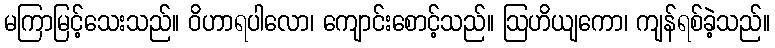
မကြာမြင့်သေးသည်။ ဝိဟာရပါလော၊ ကျောင်းစောင့်သည်။ ဩဟိယျကော၊ ကျန်ရစ်ခဲ့သည်။